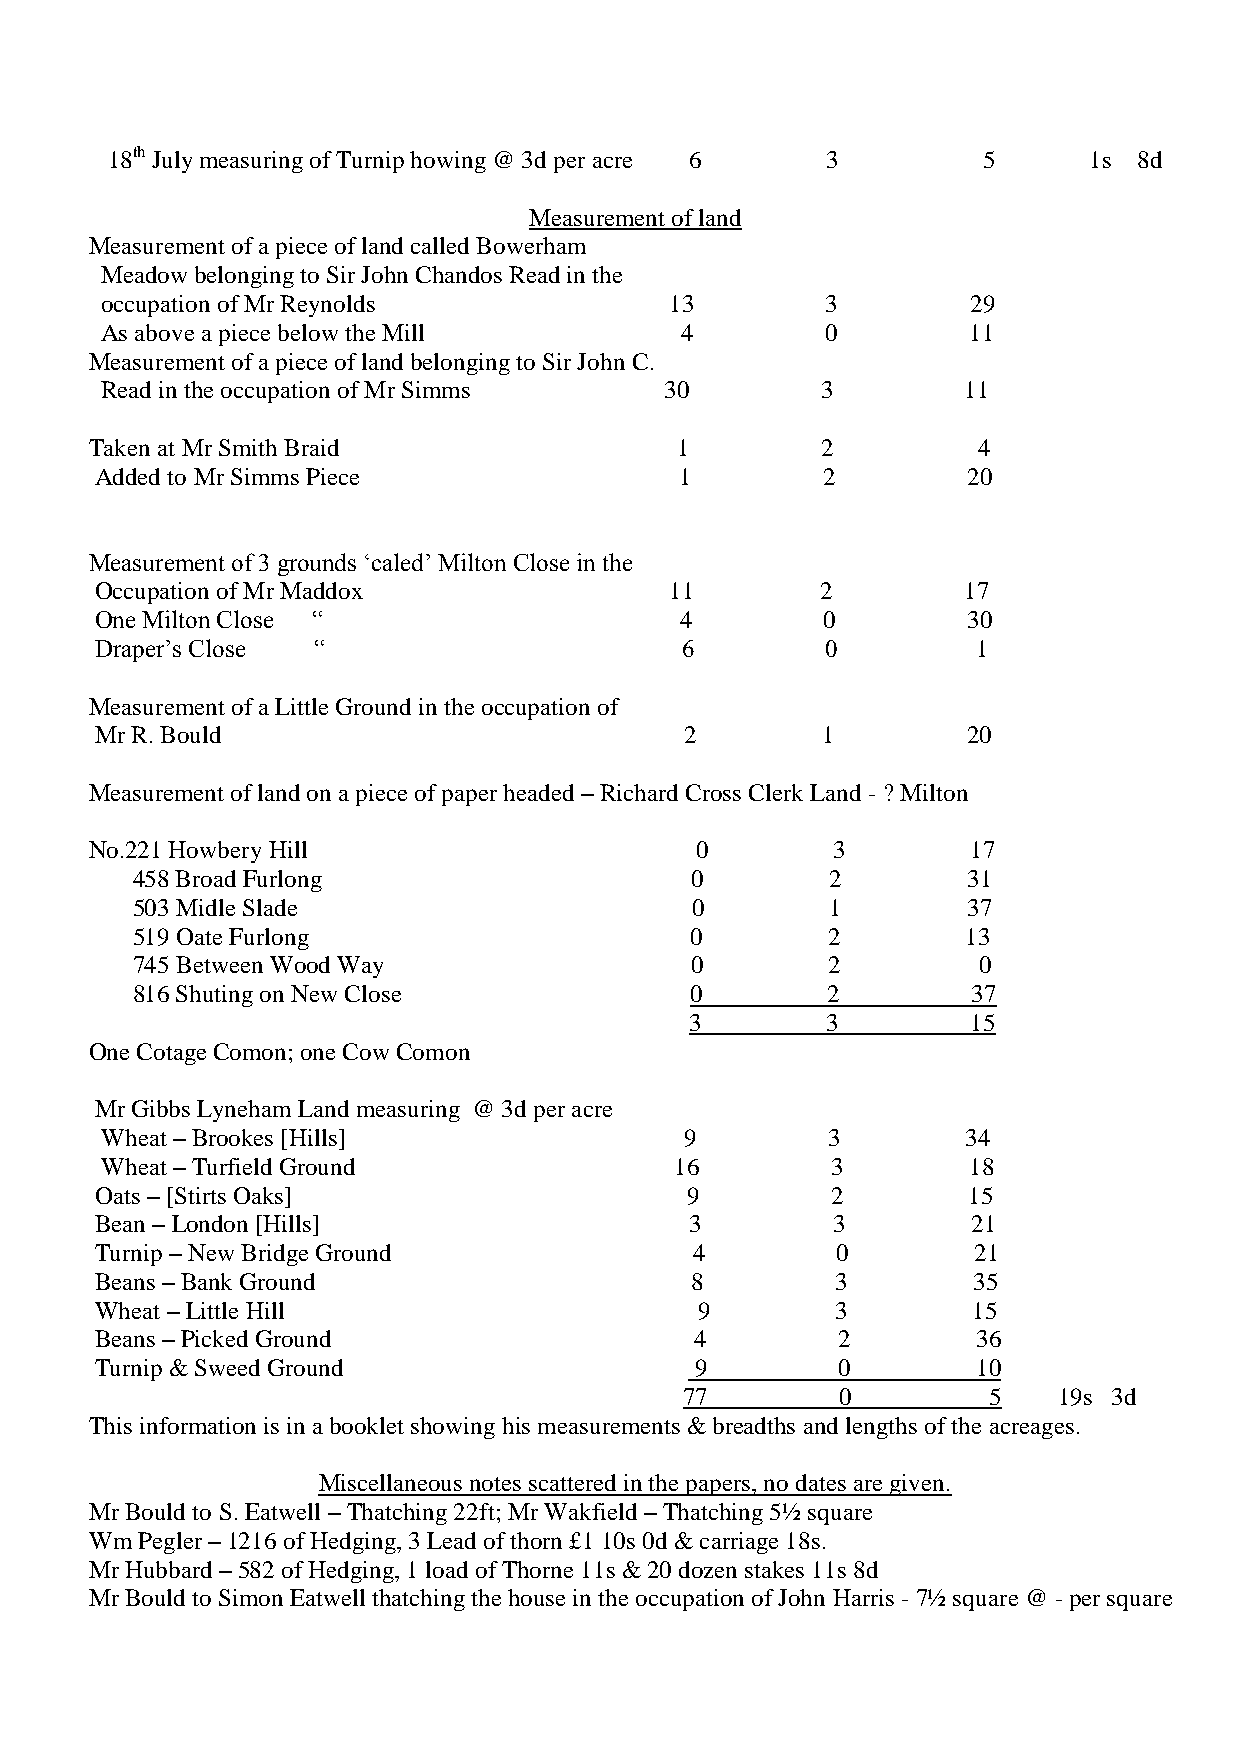
18th July measuring of Turnip howing @ 3d per acre 6 3    5      1s 8d
 Measurement of land
 Measurement of a piece of land called Bowerham
 Meadow belonging to Sir John Chandos Read in the
 occupation of Mr Reynolds            13         3        29
 As above a piece below the Mill       4         0        11
 Measurement of a piece of land belonging to Sir John C.
 Read in the occupation of Mr Simms   30        3         11
 Taken at Mr Smith Braid                1        2          4
 Added to Mr Simms Piece                1        2         20
 Measurement of 3 grounds ‘caled’ Milton Close in the
 Occupation of Mr Maddox               11        2         17
 One Milton Close “                     4        0         30
 Draper’s Close “                       6         0         1
 Measurement of a Little Ground in the occupation of
 Mr R. Bould                            2        1         20
 Measurement of land on a piece of paper headed – Richard Cross Clerk Land - ? Milton
 No.221 Howbery Hill                     0        3        17
 458 Broad Furlong                    0        2        31
 503 Midle Slade                      0        1        37
 519 Oate Furlong                     0        2        13
 745 Between Wood Way                 0        2         0
 816 Shuting on New Close             0        2        37
 3        3        15
 One Cotage Comon; one Cow Comon
 Mr Gibbs Lyneham Land measuring @ 3d per acre
 Wheat – Brookes [Hills]               9         3        34
 Wheat – Turfield Ground               16        3        18
 Oats – [Stirts Oaks]                   9         2        15
 Bean – London [Hills]                   3        3        21
 Turnip – New Bridge Ground              4        0        21
 Beans – Bank Ground                     8        3        35
 Wheat – Little Hill                     9        3        15
 Beans – Picked Ground                   4        2         36
 Turnip & Sweed Ground                   9        0         10
 77         0        5    19s 3d
 This information is in a booklet showing his measurements & breadths and lengths of the acreages.
 Miscellaneous notes scattered in the papers, no dates are given.
 Mr Bould to S. Eatwell – Thatching 22ft; Mr Wakfield – Thatching 5½ square
 Wm Pegler – 1216 of Hedging, 3 Lead of thorn £1 10s 0d & carriage 18s.
 Mr Hubbard – 582 of Hedging, 1 load of Thorne 11s & 20 dozen stakes 11s 8d
 Mr Bould to Simon Eatwell thatching the house in the occupation of John Harris - 7½ square @ - per square